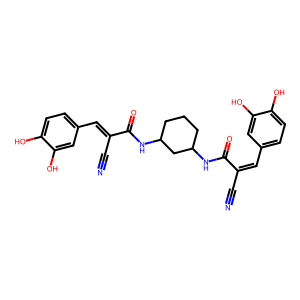
SMILES: N#CC(=Cc1ccc(O)c(O)c1)C(=O)NC1CCCC(NC(=O)C(C#N)=Cc2ccc(O)c(O)c2)C1
Inhibits HIV replication: No